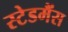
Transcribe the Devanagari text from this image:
स्टेडमैंस